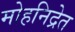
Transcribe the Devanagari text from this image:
मोहनिद्रेत